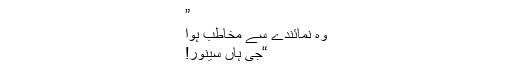
”
وہ نمائندے سے مخاطب ہوا
“جی ہاں سینور!